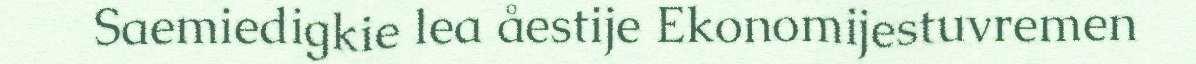
Saemiedigkie lea åestije Ekonomijestuvremen